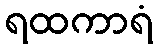
ရထကာရံ